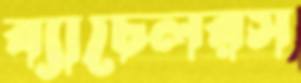
ব্যাচেলরস